Subject: eess
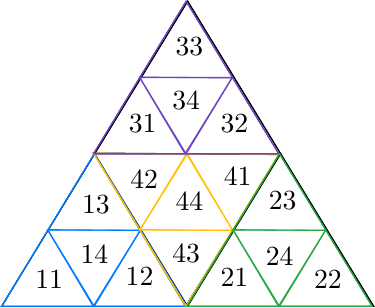
LaTeX code:
  \begin{tikzpicture}[x=0.75pt,y=0.75pt,yscale=-0.75,xscale=0.75]
\draw   (193.5,47) -- (313,243) -- (74,243) -- cycle ;
\draw   (133.75,145) -- (193.5,243) -- (74,243) -- cycle ;
\draw   (253.25,145) -- (313,243) -- (193.5,243) -- cycle ;
\draw   (192.11,243.01) -- (133.14,144.53) -- (252.64,145.49) -- cycle ;
\draw   (193.5,47) -- (253.25,145) -- (133.75,145) -- cycle ;
\draw  [color={rgb, 255:red, 0; green, 123; blue, 255 }  ,draw opacity=1 ] (133.5,145) -- (193,243) -- (74,243) -- cycle ;
\draw  [color={rgb, 255:red, 0; green, 123; blue, 255 }  ,draw opacity=1 ] (103.75,194) -- (133.5,243) -- (74,243) -- cycle ;
\draw  [color={rgb, 255:red, 0; green, 123; blue, 255 }  ,draw opacity=1 ] (163.25,194) -- (193,243) -- (133.5,243) -- cycle ;
\draw  [color={rgb, 255:red, 0; green, 123; blue, 255 }  ,draw opacity=1 ] (132.81,243.01) -- (103.45,193.77) -- (162.94,194.25) -- cycle ;
\draw  [color={rgb, 255:red, 0; green, 123; blue, 255 }  ,draw opacity=1 ] (133.5,145) -- (163.25,194) -- (103.75,194) -- cycle ;

\draw  [color={rgb, 255:red, 255; green, 193; blue, 7 }  ,draw opacity=1 ] (192.35,243.01) -- (133.15,144.83) -- (252.15,145.18) -- cycle ;
\draw  [color={rgb, 255:red, 255; green, 193; blue, 7 }  ,draw opacity=1 ] (222.25,194.1) -- (192.65,145.01) -- (252.15,145.18) -- cycle ;
\draw  [color={rgb, 255:red, 255; green, 193; blue, 7 }  ,draw opacity=1 ] (162.75,193.92) -- (133.15,144.83) -- (192.65,145.01) -- cycle ;
\draw  [color={rgb, 255:red, 255; green, 193; blue, 7 }  ,draw opacity=1 ] (193.34,145) -- (222.55,194.33) -- (163.06,193.68) -- cycle ;
\draw  [color={rgb, 255:red, 255; green, 193; blue, 7 }  ,draw opacity=1 ] (192.35,243.01) -- (162.75,193.92) -- (222.25,194.1) -- cycle ;

\draw  [color={rgb, 255:red, 111; green, 66; blue, 193 }  ,draw opacity=1 ] (192.5,47) -- (252,145) -- (133,145) -- cycle ;
\draw  [color={rgb, 255:red, 111; green, 66; blue, 193 }  ,draw opacity=1 ] (162.75,96) -- (192.5,145) -- (133,145) -- cycle ;
\draw  [color={rgb, 255:red, 111; green, 66; blue, 193 }  ,draw opacity=1 ] (222.25,96) -- (252,145) -- (192.5,145) -- cycle ;
\draw  [color={rgb, 255:red, 111; green, 66; blue, 193 }  ,draw opacity=1 ] (191.81,145.01) -- (162.45,95.77) -- (221.94,96.25) -- cycle ;
\draw  [color={rgb, 255:red, 111; green, 66; blue, 193 }  ,draw opacity=1 ] (192.5,47) -- (222.25,96) -- (162.75,96) -- cycle ;

\draw  [color={rgb, 255:red, 40; green, 167; blue, 69 }  ,draw opacity=1 ] (252.5,145) -- (312,243) -- (193,243) -- cycle ;
\draw  [color={rgb, 255:red, 40; green, 167; blue, 69 }  ,draw opacity=1 ] (222.75,194) -- (252.5,243) -- (193,243) -- cycle ;
\draw  [color={rgb, 255:red, 40; green, 167; blue, 69 }  ,draw opacity=1 ] (282.25,194) -- (312,243) -- (252.5,243) -- cycle ;
\draw  [color={rgb, 255:red, 40; green, 167; blue, 69 }  ,draw opacity=1 ] (251.81,243.01) -- (222.45,193.77) -- (281.94,194.25) -- cycle ;
\draw  [color={rgb, 255:red, 40; green, 167; blue, 69 }  ,draw opacity=1 ] (252.5,145) -- (282.25,194) -- (222.75,194) -- cycle ;

\draw (94,218.4) node [anchor=north west][inner sep=0.75pt]  [font=\normalsize]  {$11$};
\draw (123,202.4) node [anchor=north west][inner sep=0.75pt]  [font=\normalsize]  {$14$};
\draw (124,170.4) node [anchor=north west][inner sep=0.75pt]  [font=\normalsize]  {$13$};
\draw (152,216.4) node [anchor=north west][inner sep=0.75pt]  [font=\normalsize]  {$12$};
\draw (155,154.4) node [anchor=north west][inner sep=0.75pt]  [font=\normalsize]  {$42$};
\draw (184,168.4) node [anchor=north west][inner sep=0.75pt]  [font=\normalsize]  {$44$};
\draw (182,201.4) node [anchor=north west][inner sep=0.75pt]  [font=\normalsize]  {$43$};
\draw (215,152.4) node [anchor=north west][inner sep=0.75pt]  [font=\normalsize]  {$41$};
\draw (213,217.4) node [anchor=north west][inner sep=0.75pt]  [font=\normalsize]  {$21$};
\draw (244,167.4) node [anchor=north west][inner sep=0.75pt]  [font=\normalsize]  {$23$};
\draw (242,203.4) node [anchor=north west][inner sep=0.75pt]  [font=\normalsize]  {$24$};
\draw (273,218.4) node [anchor=north west][inner sep=0.75pt]  [font=\normalsize]  {$22$};
\draw (154,118.4) node [anchor=north west][inner sep=0.75pt]  [font=\normalsize]  {$31$};
\draw (182,103.4) node [anchor=north west][inner sep=0.75pt]  [font=\normalsize]  {$34$};
\draw (213,118.4) node [anchor=north west][inner sep=0.75pt]  [font=\normalsize]  {$32$};
\draw (184,68.4) node [anchor=north west][inner sep=0.75pt]  [font=\normalsize]  {$33$};

\end{tikzpicture}